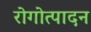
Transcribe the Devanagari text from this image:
रोगोत्पादन